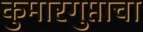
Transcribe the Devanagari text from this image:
कुमारगुप्ताचा